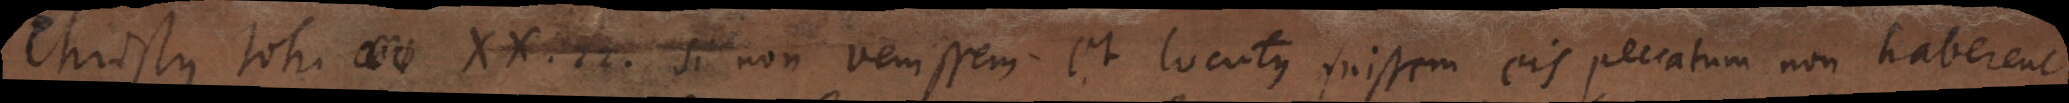
Christus Joh. [XV.] 22. Si non venissem et locutus fuissem eis peccatum non haberent